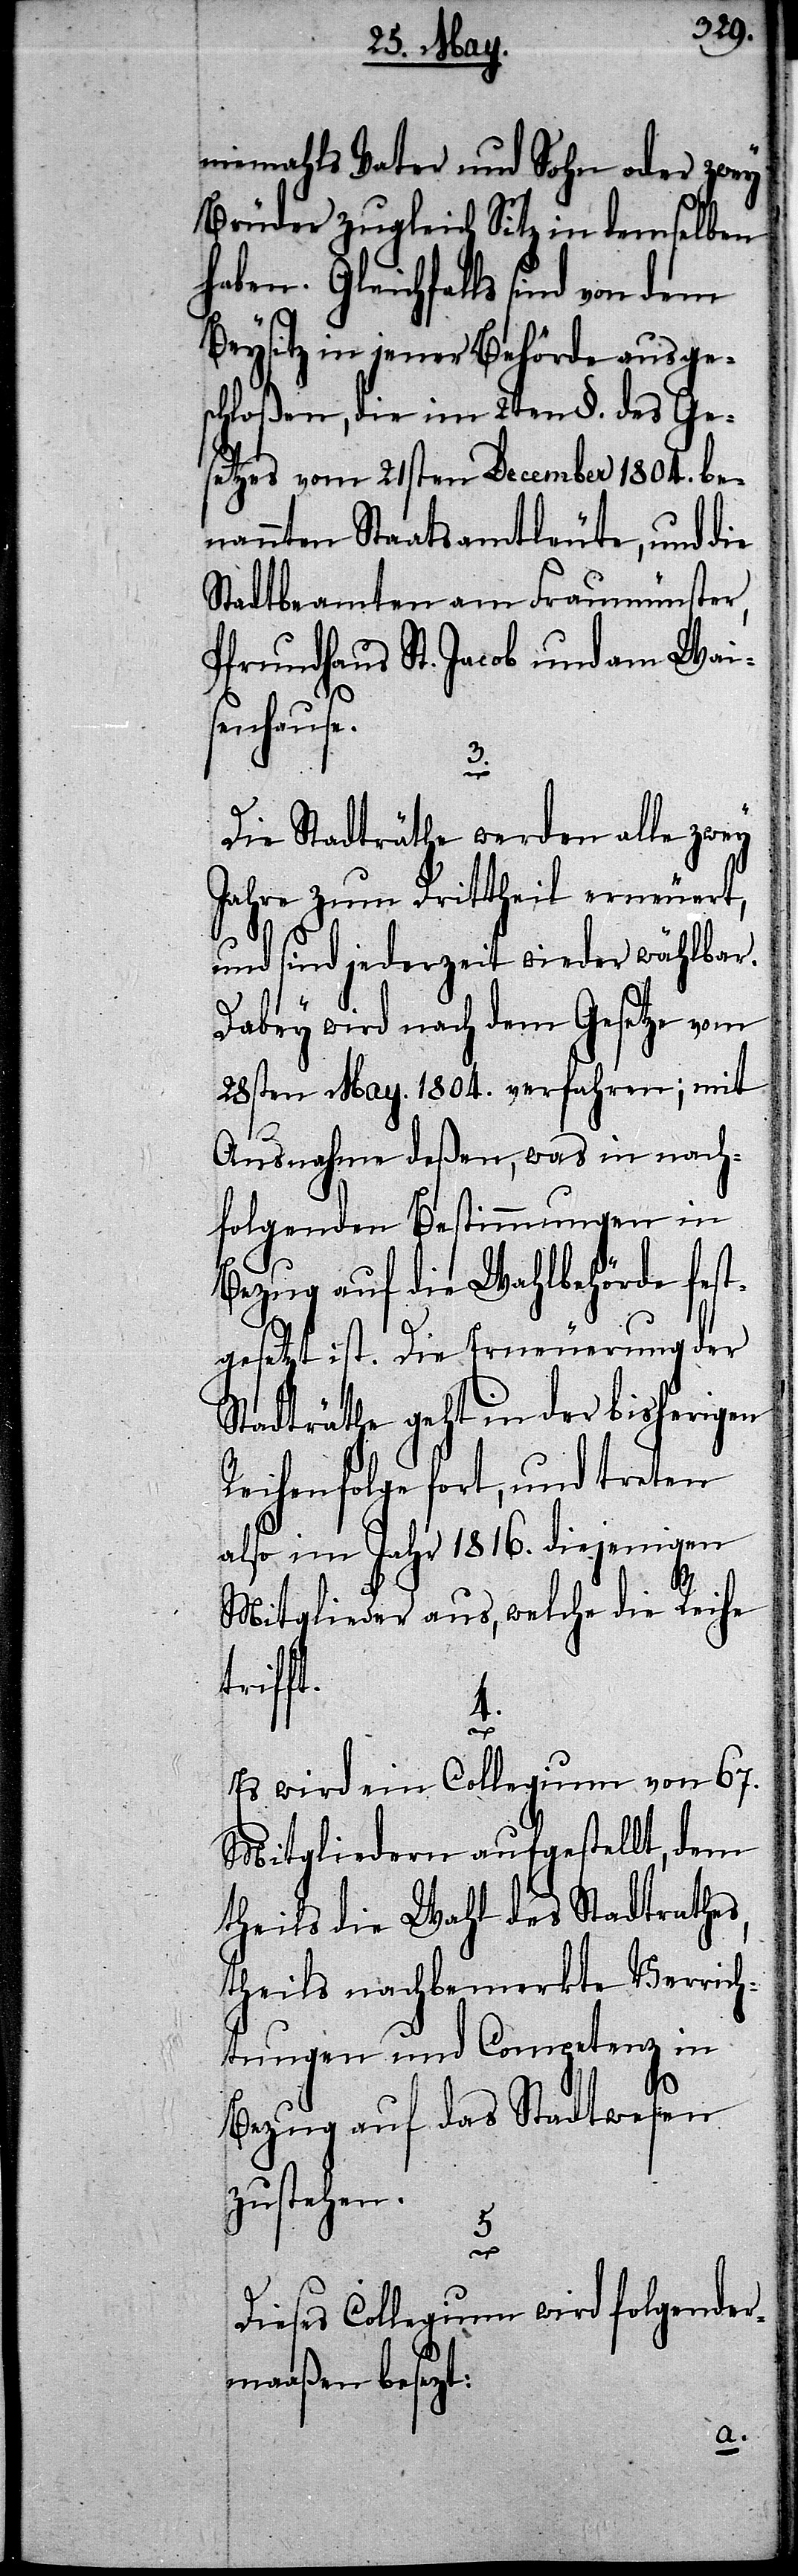
niemahls Vater und Sohn oder zwey
Brüder zugleich Sitz in demselben
haben. Gleichfalls sind von dem
Beysitz in jener Behörde ausges¬
chloßen, die im 2ten §. des Ge¬
setzes vom 21sten December 1804. be¬
nannten Staatsamtleute, und die
Stadtbeamten am Fraumünster,
Pfrundhaus St. Jacob und am Wais¬
enhause.
3.
Die Stadträthe werden alle zwey
Jahre zum Drittheil erneuert,
und sind jederzeit wieder wählbar.
Dabey wird nach dem Gesetze vom
28sten May. 1804. verfahren; mit
Ausnahme deßen, was in nach¬
folgenden Bestimmungen in
Bezug auf die Wahlbehörde fest¬
gesetzt ist. Die Erneuerung der
Stadträthe geht in der bisherigen
Reihenfolge fort, und treten
also im Jahr 1816. diejenigen
Mitglieder aus, welche die Reihe
triff¬
4.
Es wird ein Collegium von 67.
Mitgliedern aufgestellt, dem
theils die Wahl des Stadtrathes,
theils nachbemerkte Verrich¬
tungen und Competenz in
Bezug auf das Stadtwesen
zustehen.
5.
Dieses Collegium wird folgender¬
maaßen besetzt: